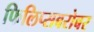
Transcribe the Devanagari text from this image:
फिलिप्सबरोबर